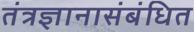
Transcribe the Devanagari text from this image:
तंत्रज्ञानासंबंधित